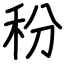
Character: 秎